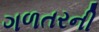
ગળતરની